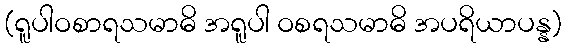
(ရူပါဝစာရသမာဓိ အရူပါ ဝစရသမာဓိ အပရိယာပန္န)